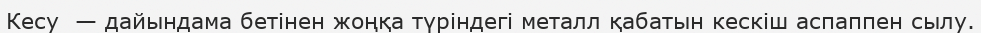
Кесу  — дайындама бетінен жоңқа түріндегі металл қабатын кескіш аспаппен сылу.